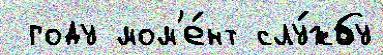
 году мом'е́нт слу́жбу